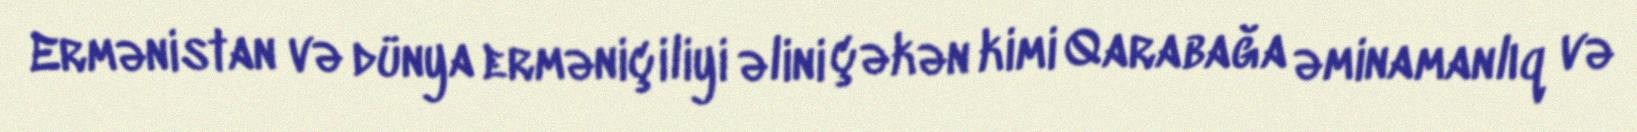
Ermənistan və dünya erməniçiliyi əlini çəkən kimi Qarabağa əminamanlıq və